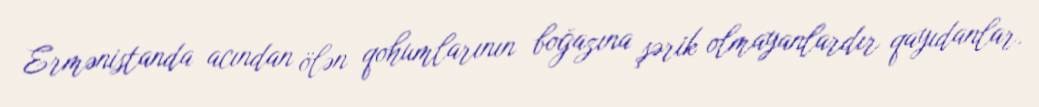
Ermənistanda acından ölən qohumlarının boğazına şərik olmayanlardır qayıdanlar.